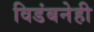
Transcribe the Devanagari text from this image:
विडंबनेही